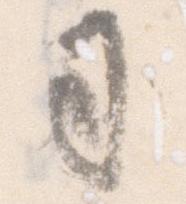
司